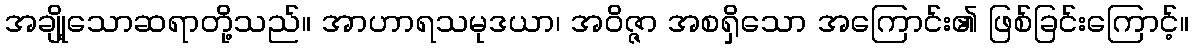
အချို့သောဆရာတို့သည်။ အာဟာရသမုဒယာ၊ အဝိဇ္ဇာ အစရှိသော အကြောင်း၏ ဖြစ်ခြင်းကြောင့်။